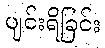
ပျင်းရိခြင်း